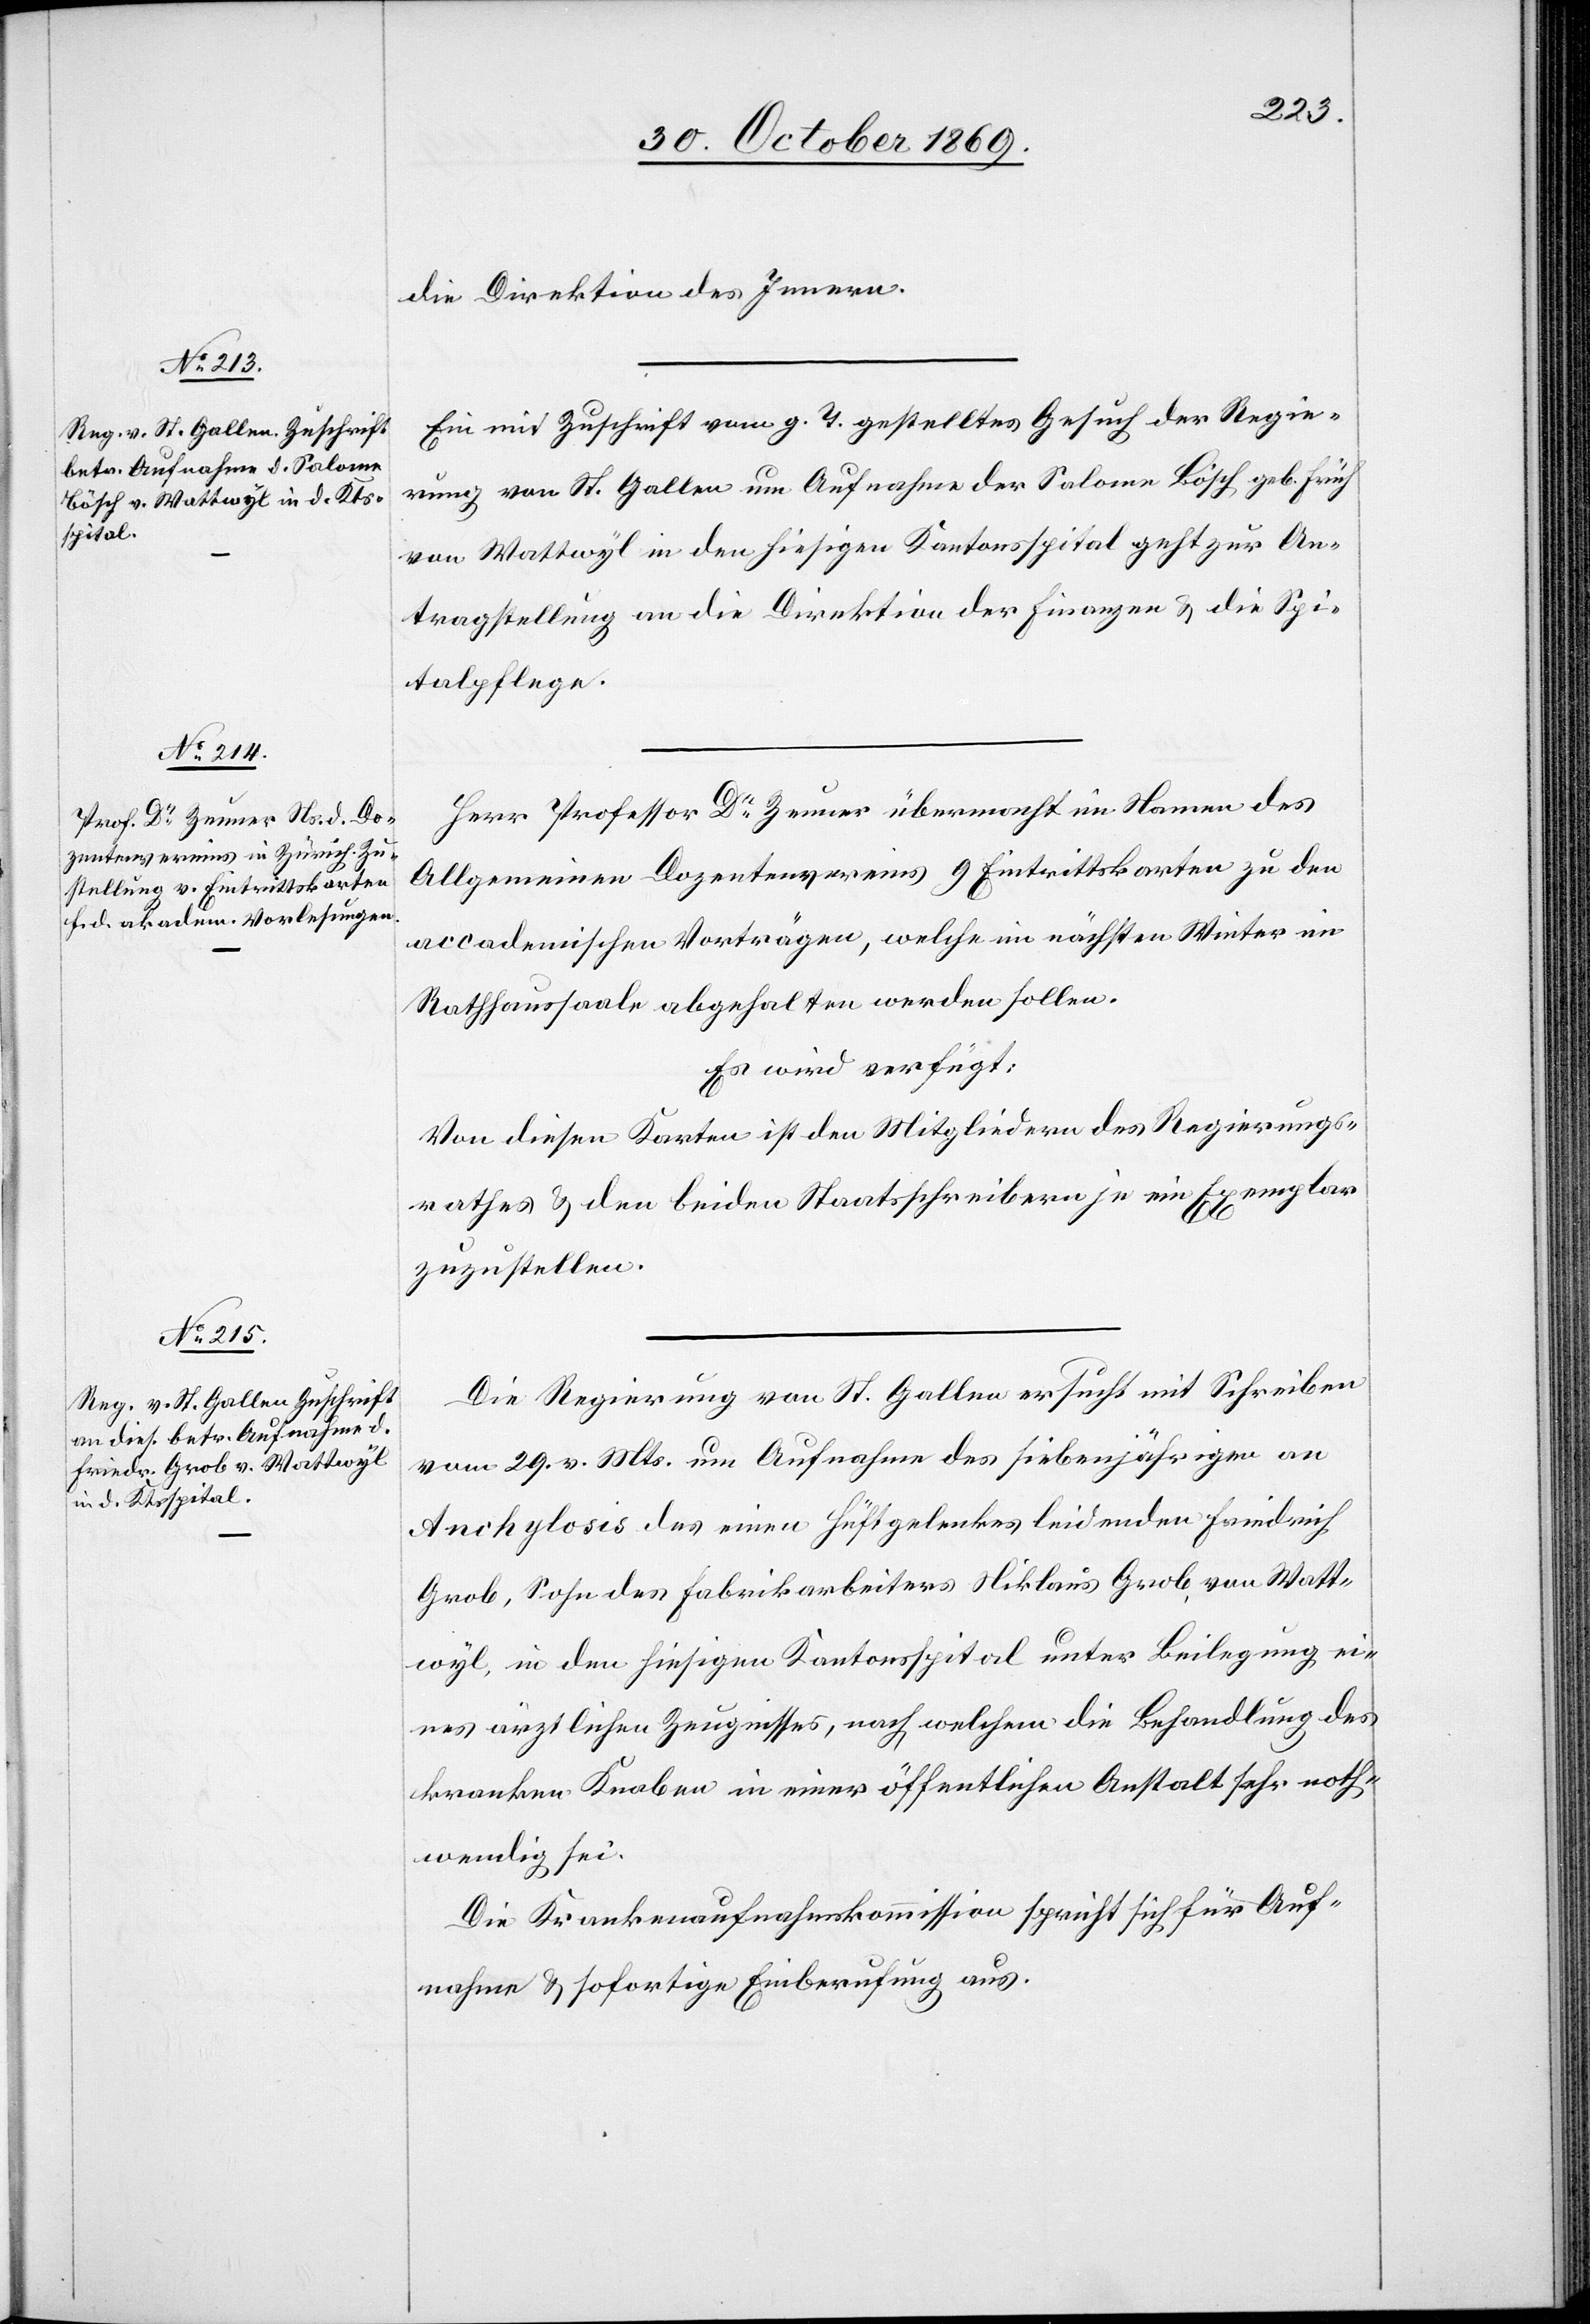
3. November 1869.]
die Direktion des Innern.
Ein mit Zuschrift vom g. T. gestelltes Gesuch der Regie¬
rung von St. Gallen um Aufnahme der Salome Bösch geb. Früh
von Wattwyl in den hiesigen Kantonsspital geht zur An¬
tragstellung an die Direktion der Finanzen & die Spi¬
talpflege.
Herr Professor Dr Zeuner übermacht im Namen des
Allgemeinen Dozentenvereins 9 Eintrittskarten zu den
accademischen Vorträgen, welche im nächsten Winter im
Rathhaussaale abgehalten werden sollen.
Es wird verfügt:
Von diesen Karten ist den Mitgliedern des Regierungs¬
rathes & den beiden Staatsschreibern je ein Exemplar
zuzustellen.
Die Regierung von St. Gallen ersucht mit Schreiben
vom 29. v. Mts. um Aufnahme des siebenjährigen an
Anchylosis des einen Hüftgelenkes leidenden Friedrich
Grob, Sohn des Fabrikarbeiters Niklas Grob, von Watt¬
wyl, in den hiesigen Kantonsspital unter Beilegung ei¬
nes ärztlichen Zeugnisses, nach welchem die Behandlung des
kranken Knaben in einer öffentlichen Anstalt sehr noth¬
wendig sei.
Die Krankenaufnahmskommission spricht sich für Auf¬
nahme & sofortige Einberufung aus.